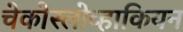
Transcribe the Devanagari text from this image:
चेकोस्लोव्हाकियन